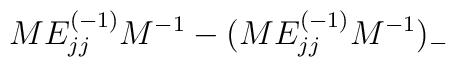
M E^{(-1)}_{jj} M^{-1} - ( M E^{(-1)}_{jj} M^{-1} )_{-}